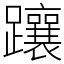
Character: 躟